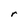
Character: r